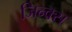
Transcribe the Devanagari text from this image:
जिन्क्स